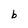
Character: b